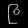
Digit: ၉